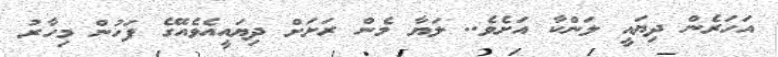
އަހަރެން ދިޔައީ ލަންކާ އަށެވެ.. ލަޔާ މެން ރަށަށް ދިޔައީއެވެއޭގެ ފަހުން މިހާރު